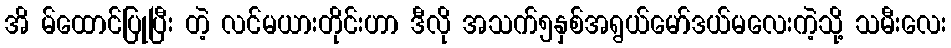
အိ မ်ထောင်ပြုပြီး တဲ့ လင်မယားတိုင်းဟာ ဒီလို အသက်၅နှစ်အရွယ်မော်ဒယ်မလေးကဲ့သို့ သမီးလေး